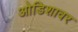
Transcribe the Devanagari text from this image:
ओडिशावर